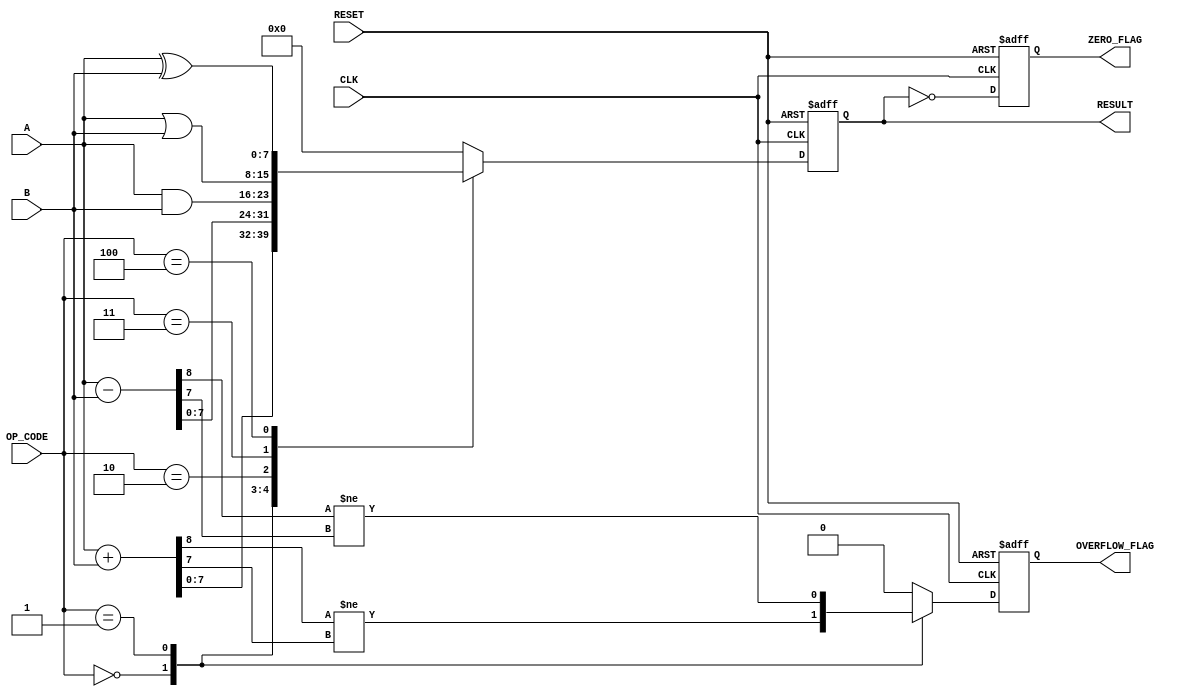
module ParameterizedALU #(
    parameter DATA_WIDTH = 8,
    parameter OPERATION_MODE = 3 // Operation codes: 0 = ADD, 1 = SUB, 2 = AND, 3 = OR, 4 = XOR
)(
    input  wire [DATA_WIDTH-1:0] A,
    input  wire [DATA_WIDTH-1:0] B,
    input  wire [2:0] OP_CODE, // Assuming 3 bits are enough for the operations
    input  wire CLK,
    input  wire RESET,
    output reg  [DATA_WIDTH-1:0] RESULT,
    output reg  ZERO_FLAG,
    output reg  OVERFLOW_FLAG
);

    // Internal signals for overflow detection
    wire [DATA_WIDTH:0] sum;    // Extra bit for overflow detection in addition
    wire [DATA_WIDTH:0] diff;   // Extra bit for overflow detection in subtraction

    // ALU operation
    always @(posedge CLK or posedge RESET) begin
        if (RESET) begin
            RESULT <= 0;
            ZERO_FLAG <= 1;
            OVERFLOW_FLAG <= 0;
        end else begin
            case (OP_CODE)
                3'b000: begin // ADD
                    sum = A + B;
                    RESULT <= sum[DATA_WIDTH-1:0];
                    OVERFLOW_FLAG <= (sum[DATA_WIDTH] != sum[DATA_WIDTH-1]); // Overflow check
                end
                3'b001: begin // SUB
                    diff = A - B;
                    RESULT <= diff[DATA_WIDTH-1:0];
                    OVERFLOW_FLAG <= (diff[DATA_WIDTH] != diff[DATA_WIDTH-1]); // Overflow check
                end
                3'b010: begin // AND
                    RESULT <= A & B;
                    OVERFLOW_FLAG <= 0; // No overflow for logical operations
                end
                3'b011: begin // OR
                    RESULT <= A | B;
                    OVERFLOW_FLAG <= 0; // No overflow for logical operations
                end
                3'b100: begin // XOR
                    RESULT <= A ^ B;
                    OVERFLOW_FLAG <= 0; // No overflow for logical operations
                end
                default: begin
                    RESULT <= 0;
                    OVERFLOW_FLAG <= 0;
                end
            endcase
            
            // Zero flag detection
            ZERO_FLAG <= (RESULT == 0);
        end
    end

endmodule